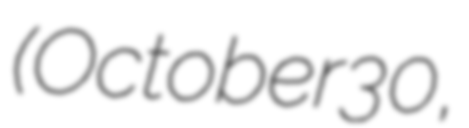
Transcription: (October 30,